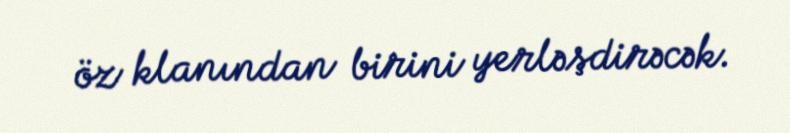
öz klanından birini yerləşdirəcək.